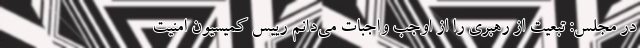
در مجلس: تبعیت از رهبری را از اوجب واجبات می‌دانم رییس کمیسیون امنیت